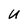
Character: U